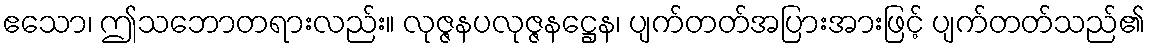
ဧသော၊ ဤသဘောတရားလည်း။ လုဇ္ဇနပလုဇ္ဇနဋ္ဌေန၊ ပျက်တတ်အပြားအားဖြင့် ပျက်တတ်သည်၏